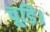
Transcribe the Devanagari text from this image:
चूडि।